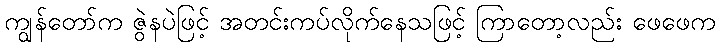
ကျွန်တော်က ဇွဲနပဲဖြင့် အတင်းကပ်လိုက်နေသဖြင့် ကြာတော့လည်း ဖေဖေက